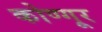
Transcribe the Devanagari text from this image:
कोण्गूर